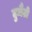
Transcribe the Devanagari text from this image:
टुमैटो